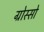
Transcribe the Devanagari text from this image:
ग्रोस्सो